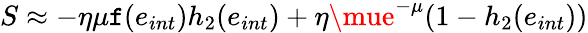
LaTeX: S\approx-\eta\mu\mathtt{f}(e_{int})h_{2}(e_{int})+\eta\mue^{-\mu}(1-h_{2}(e_{int}))